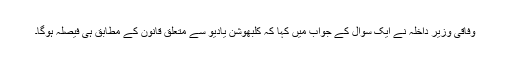
وفاقی وزیر داخلہ نے ایک سوال کے جواب میں کہا کہ کلبھوشن یادیو سے متعلق قانون کے مطابق ہی فیصلہ ہوگا۔